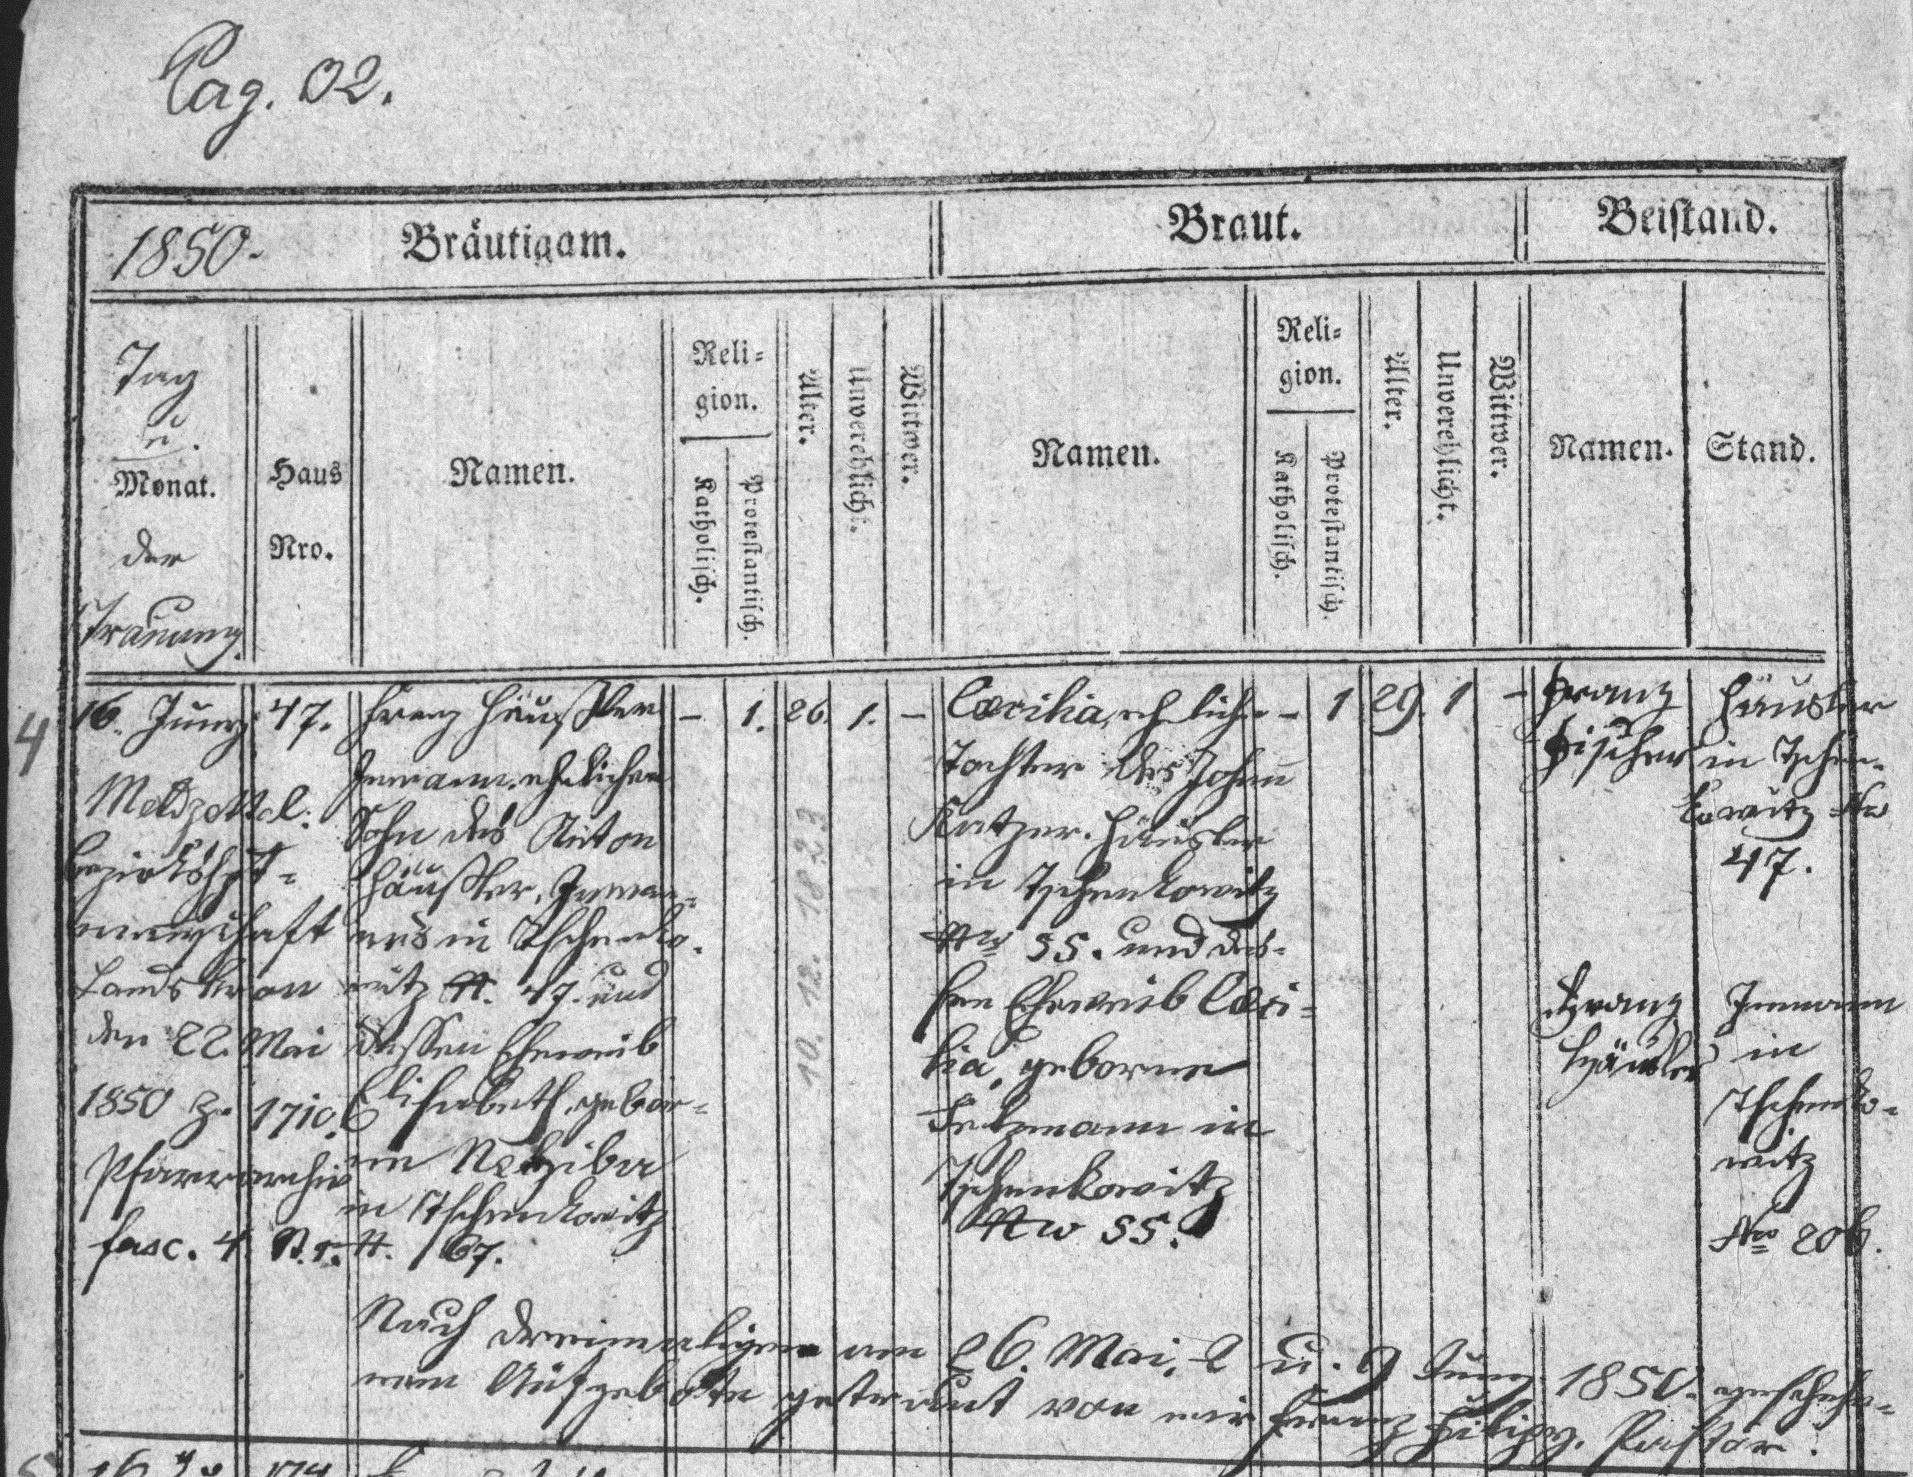
Pag.02.

1850

Tag
u.
Monat
der
Trauung

Häusler
in Tschen¬
kowitz №
47.
Inmann
in
Tschenko¬
witz
№ 20b

Franz
Fischer
Franz
Häusler

1. 26. 1.

16. Juny 47
Meldzettel:
Bezirkshpt¬
mannschaft
Landskron
den 22. Mai
1850 Z. 1710.
Pfarrarchiv
fasc. 4 St.1.

1. 29. 1.

Cæcilia, eheliche
Tochter des Johann
Katzer. Häusler
in Tschenkowitz
№ 55. und des¬
sen Eheweib Cæci¬
lia, geborne
Setzmann in
Tschenkowitz
№ 55.

Franz Heusler
Inmann, ehelicher
Sohn des Anton
Häusler, Inman¬
nes in Tschenko¬
witz №. 47 und
dessen Eheweib
Elisabeth, gebor¬
ne Nelziba
in Tschenkowitz
№ 67.

4

10. 12. 1823

Nach dreimaligen am 26. Mai 2 u. 9 Juny 1850 geschehe¬
dem Aufgebote getraut von mir Franz Filipy Pastor.